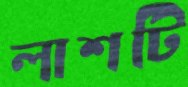
লাশটি